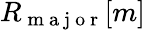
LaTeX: R_{\mathrm{~m~a~j~o~r~}}[m]